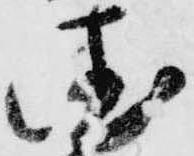
徳